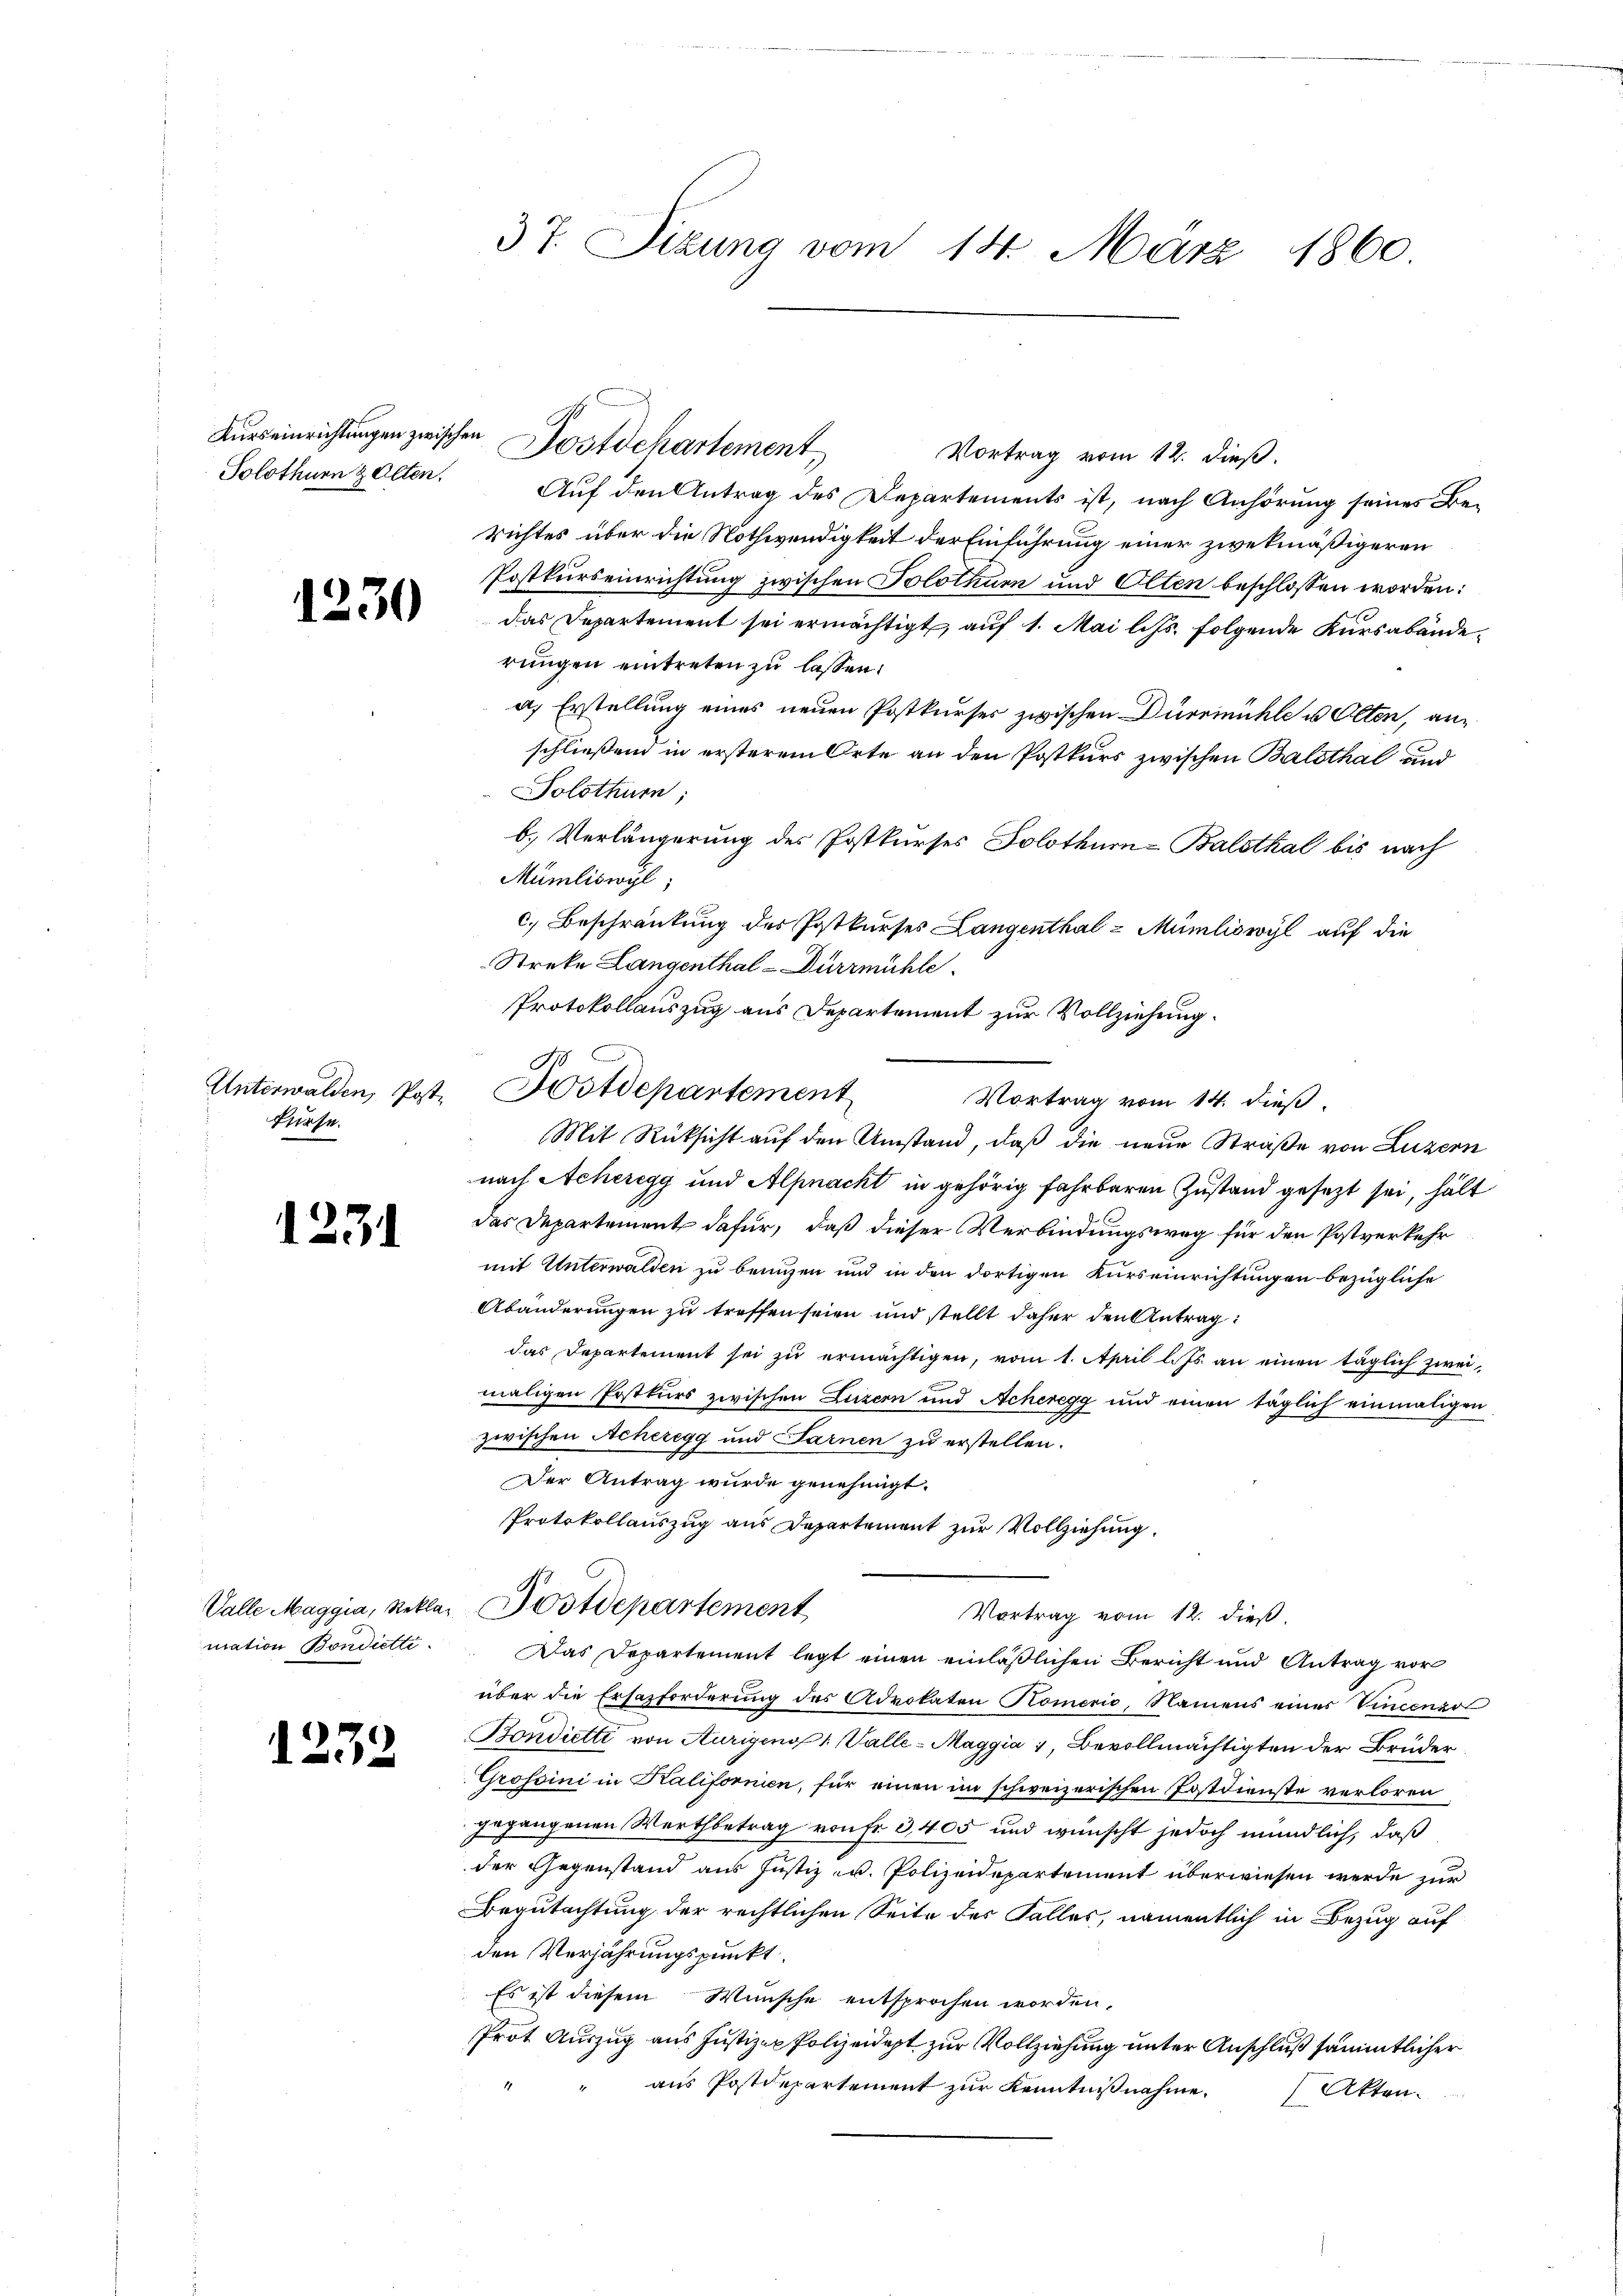
Solothurn & Alten.

1230

Unterwalden, Post¬
Brust.

1.

34

mation Bondietti.

1232

37. Sizung vom 14. März 1860

Auseinrichtungen zwischen Postdepartement
Vortrag vom 12. dieß.
Auf den Antrag des Departements ist, nach Anhörung seines Berichtes über die Nothwendigkeit der Einführung einer zwekmäßigeren
Postkurseinrichtung zwischen Solothur und Olten beschlossen worden:
das Departement sei ermächtigt, auf 1. Mai l. Js. folgende Kursabänderungen eintreten zu lassen:
a.) Erstellung eines neuen Postkurses zwischen Dürrmühle u Olten, anschließen in ersterem Orte an den Postkurs zwischen Balsthal und
Solothurn,
b. Verlängerung des Postkurses Solothurn-Balsthal bis nach
Mümliswyl,
c.) Beschränkung des Postkurses Langenthal - Mümliswyl auf die
Streke Langenthal-Dürrmühle
Protokollauszug aus Departement zur Vollziehung.
Vortrag vom 14. dieß.
Mit Rücksicht auf den Umstand, daß die neue Straße von Luzern
nach Acheregg und Alpnacht in gehörig fahrbaren Zustand gesezt sei, hält
das Departement dafür, daß dieser Verbindungsweg für den Postverkehr
mit Unterwalden zu benuzen und in den dortigen Kurseinrichtungen bezügliche
Abänderungen zu treffen seien und stellt daher den Antrag:
das Departement sei zu ermächtigen, vom 1. April l. Js. an einen täglich zweimaligen Postkurs zwischen Luzern und Acheregg und einen täglich einmaligen
zwischen Acheregg und Sarnen zu erstellen.
Der Antrag wurde genehmigt.
Protokollauszug aus Departement zur Vollziehung.
Valle Maggia, Rekla Postdepartement
Vortrag vom 12. dieß.
Das Departement legt einen einläßlichen Bericht und Antrag vor
über die Ersazforderung des Advokaten Komerio, Namens eines Vincenzr
Bondiette von Aurigens 1 Valle-Maggia 1, Bevollmächtigten der Brüder
Grosoini in Kalifornien, für einen im schweizerischen Postdienste verloren
gegangenen Wertbetrag von fr. 3, 405 und wünscht jedoch mündlich, daß
der Gegenstand aus Justiz u. Polizeidepartement überwiesen werde zur
Begutachtung der rechtlichen Seite des Falles, namentlich in Bezug auf
den Verjährungspunkt
Es ist diesem Wunsche entsprochen worden.
Prot Auszug aus Justiz- & Polizeidept zur Vollziehung unter Anschluß sämmtlicher
aus Postdepartement zur Kenntnißnahme. Atten.

Postdepartement